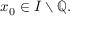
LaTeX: x _ { 0 } \in I \smallsetminus \mathbb { Q } .